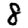
Digit: 8